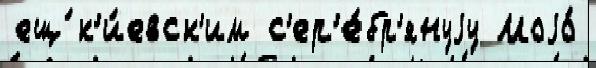
ещ́ к'и́евск'им с'ер'е́бр'януjу Моjо́